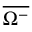
\overline { { \Omega ^ { - } } }